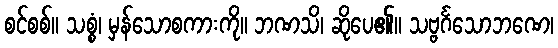
စင်စစ်။ သစ္စံ၊ မှန်သောစကားကို။ ဘဏသိ၊ ဆိုပေ၏။ သဗ္ဗင်္ဂသောဘဏေ၊